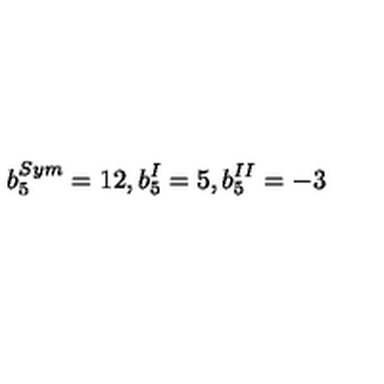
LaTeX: b _ { 5 } ^ { S y m } = 1 2 , b _ { 5 } ^ { I } = 5 , b _ { 5 } ^ { I I } = - 3